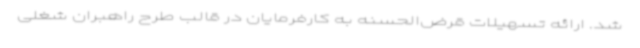
شد. ارائه تسهیلات قرض‌الحسنه به کارفرمایان در قالب طرح راهبران شغلی